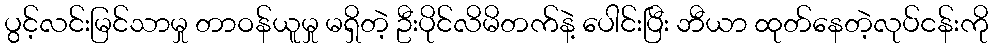
ပွင့်လင်းမြင်သာမှု တာဝန်ယူမှု မရှိတဲ့ ဦးပိုင်လိမိတက်နဲ့ ပေါင်းပြီး ဘီယာ ထုတ်နေတဲ့လုပ်ငန်းကို